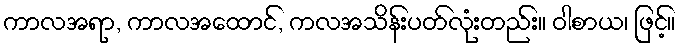
ကာလအရာ, ကာလအထောင်, ကလအသိန်းပတ်လုံးတည်း။ ဝါစာယ၊ ဖြင့်။